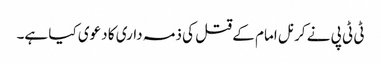
ٹی ٹی پی نے کرنل امام کے قتل کی ذمہ داری کا دعوی کیا ہے۔